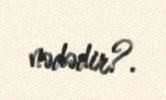
nədədir?.